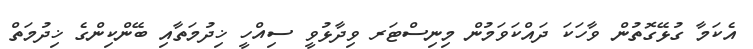
އެކަމާ ގުޅޭގޮތުން ވާހަކަ ދައްކަވަމުން މިނިސްޓަރ ވިދާޅުވީ ސިއްހީ ޚިދުމަތާއި ބޭންކިންގެ ޚިދުމަތް